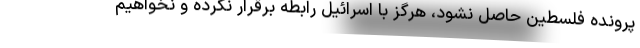
پرونده فلسطین حاصل نشود، هرگز با اسرائیل رابطه برقرار نکرده و نخواهیم